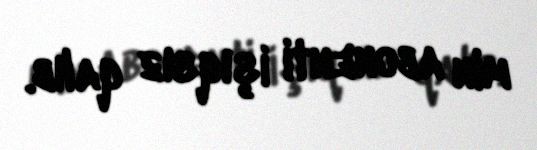
min abonenti işıqsız qalıb.